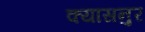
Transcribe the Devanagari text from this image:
क्यासनुर